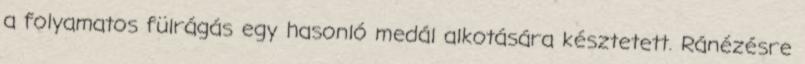
a folyamatos fülrágás egy hasonló medál alkotására késztetett. Ránézésre